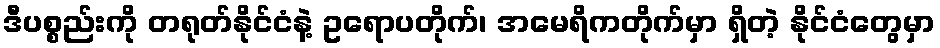
ဒီပစ္စည်းကို တရုတ်နိုင်ငံနဲ့ ဥရောပတိုက်၊ အမေရိကတိုက်မှာ ရှိတဲ့ နိုင်ငံတွေမှာ